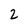
Character: 2